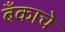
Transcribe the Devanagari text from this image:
बँकाचे